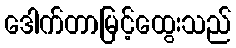
ဒေါက်တာမြင့်ထွေးသည်